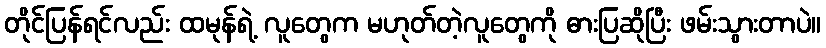
တိုင်ပြန်ရင်လည်း ထမုန်ရဲ့ လူတွေက မဟုတ်တဲ့လူတွေကို ဓားပြဆိုပြီး ဖမ်းသွားတာပဲ။